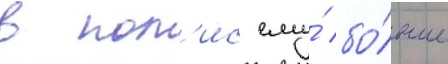
в пол'ис ему́ бо́льше